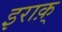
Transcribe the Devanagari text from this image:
इराक़्